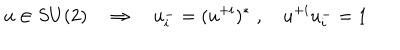
u \in S U ( 2 ) \quad \Rightarrow \quad u _ { i } ^ { - } = ( u ^ { + i } ) ^ { * } \; , \quad u ^ { + i } u _ { i } ^ { - } = 1